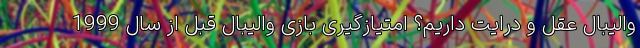
والیبال عقل و درایت داریم؟ امتیازگیری بازی والیبال قبل از سال 1999